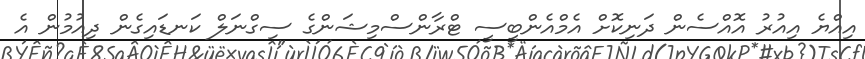
އިއްޔެ އިއުރު އޮއްސެން ދަނިކޮށް އެމްއެންބީސީ ޓްރާންސްމިޝަންގެ ސިގްނަލް ކަނޑައިގެން ދިއުމުން އެ